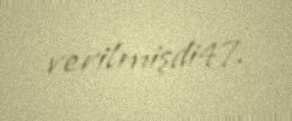
verilmişdi47.